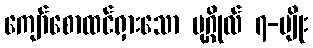
ကျော်စောထင်ရှားသော ပုဂ္ဂိုလ် ၇-မျိုး